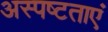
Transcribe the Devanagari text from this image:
अस्पष्टताएं